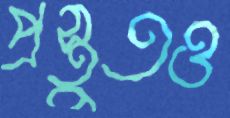
প্রস্তুতও